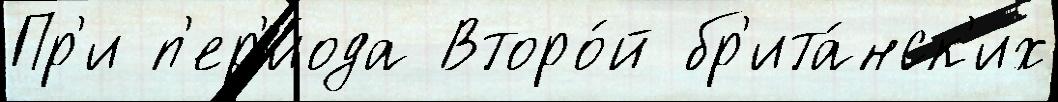
Пр'и п'ер'и́ода Второ́й бр'ита́нск'их